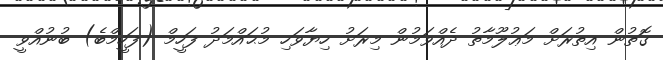
ގޮތުން އިތުރަށް މަޢުލޫމާތު ދެއްވަމުން މިރަށު ހިޔާވަހި މުޙައްމަދު ފަހީމް (ފަހީމްބެ) ބުނުއްވީ